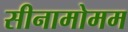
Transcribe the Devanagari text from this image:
सीनामोमम